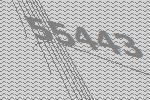
55443